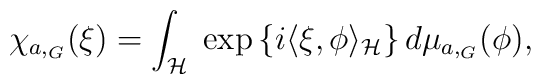
\chi_{a,_G} (\xi) = \int_{\cal H} \; \exp \left\{i\langle \xi,\phi  \rangle_{\cal H} \right\} d \mu_{a,_G} (\phi),